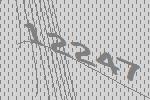
12247